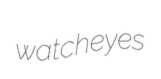
watcheyes